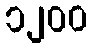
၁၂၀၀